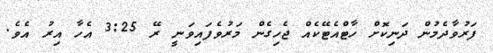
ފަރުވާދެމުން ދަނިކޮށް ހާޓްއެޓޭކެއް ޖެހިގެން މަރުވެފައިވަނީ ރޭ 3:25 އެހާ އިރު އެވެ.